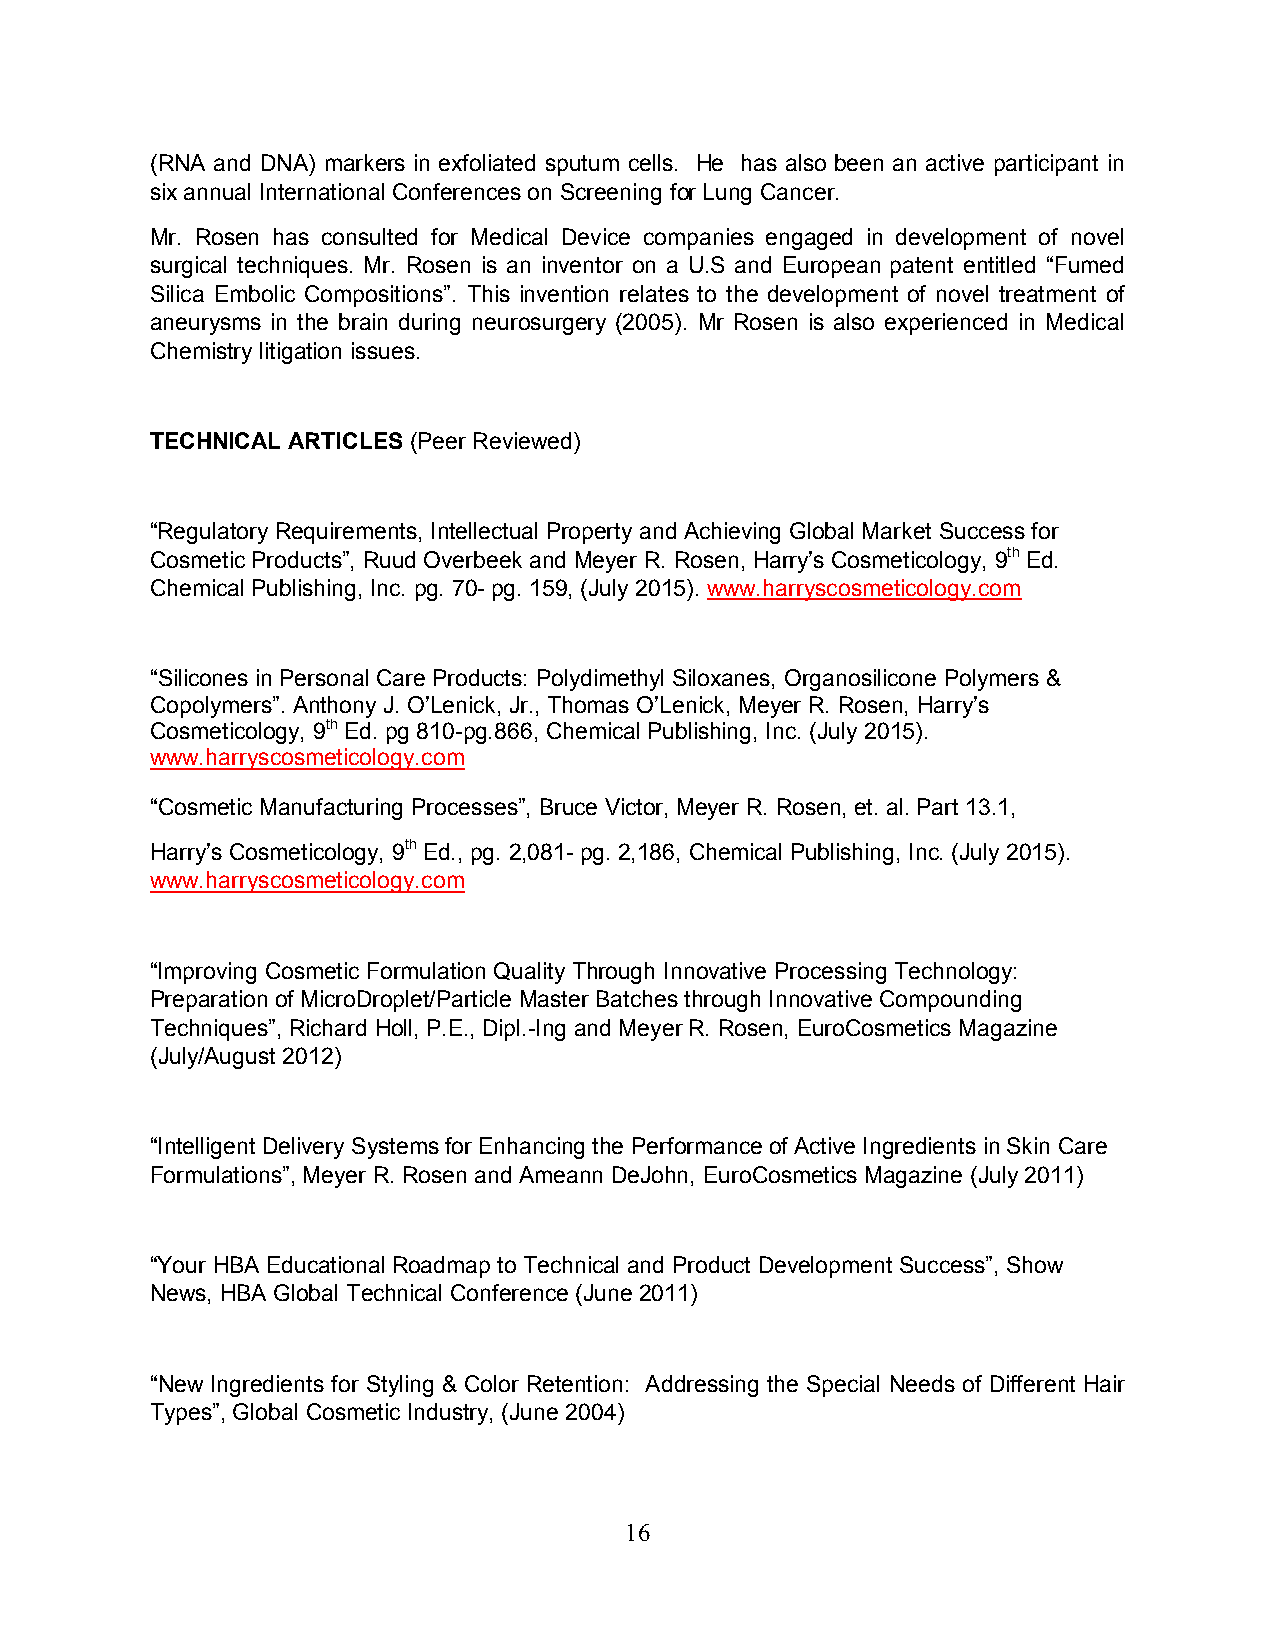
(RNA and DNA) markers in exfoliated sputum cells. He has also been an active participant in
 six annual International Conferences on Screening for Lung Cancer.
 Mr. Rosen has consulted for Medical Device companies engaged in development of novel
 surgical techniques. Mr. Rosen is an inventor on a U.S and European patent entitled “Fumed
 Silica Embolic Compositions”. This invention relates to the development of novel treatment of
 aneurysms in the brain during neurosurgery (2005). Mr Rosen is also experienced in Medical
 Chemistry litigation issues.
 TECHNICAL ARTICLES (Peer Reviewed)
 “Regulatory Requirements, Intellectual Property and Achieving Global Market Success for
 Cosmetic Products”, Ruud Overbeek and Meyer R. Rosen, Harry’s Cosmeticology, 9th Ed.
 Chemical Publishing, Inc. pg. 70- pg. 159, (July 2015). www.harryscosmeticology.com
 “Silicones in Personal Care Products: Polydimethyl Siloxanes, Organosilicone Polymers &
 Copolymers”. Anthony J. O’Lenick, Jr., Thomas O’Lenick, Meyer R. Rosen, Harry’s
 Cosmeticology, 9th Ed. pg 810-pg.866, Chemical Publishing, Inc. (July 2015).
 www.harryscosmeticology.com
 “Cosmetic Manufacturing Processes”, Bruce Victor, Meyer R. Rosen, et. al. Part 13.1,
 Harry’s Cosmeticology, 9th Ed., pg. 2,081- pg. 2,186, Chemical Publishing, Inc. (July 2015).
 www.harryscosmeticology.com
 “Improving Cosmetic Formulation Quality Through Innovative Processing Technology:
 Preparation of MicroDroplet/Particle Master Batches through Innovative Compounding
 Techniques”, Richard Holl, P.E., Dipl.-Ing and Meyer R. Rosen, EuroCosmetics Magazine
 (July/August 2012)
 “Intelligent Delivery Systems for Enhancing the Performance of Active Ingredients in Skin Care
 Formulations”, Meyer R. Rosen and Ameann DeJohn, EuroCosmetics Magazine (July 2011)
 “Your HBA Educational Roadmap to Technical and Product Development Success”, Show
 News, HBA Global Technical Conference (June 2011)
 “New Ingredients for Styling & Color Retention: Addressing the Special Needs of Different Hair
 Types”, Global Cosmetic Industry, (June 2004)
 16